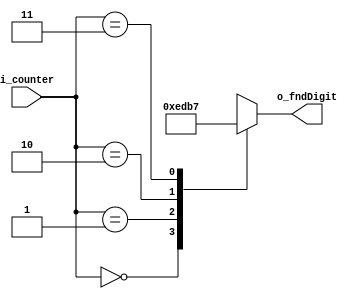
`timescale 1ns / 1ps

module decoder2x4(
    input [1:0] i_counter,
    
    output [3:0] o_fndDigit
    );

    reg [3:0] r_fndDigit;
    assign o_fndDigit = r_fndDigit;

    always @(*) begin
        case (i_counter)
            2'b00 : r_fndDigit = 4'b1110;
            2'b01 : r_fndDigit = 4'b1101;
            2'b10 : r_fndDigit = 4'b1011;
            2'b11 : r_fndDigit = 4'b0111;
            default : r_fndDigit = 4'b1111;
        endcase
    end
endmodule